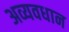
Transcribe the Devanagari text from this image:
अव्यवधान